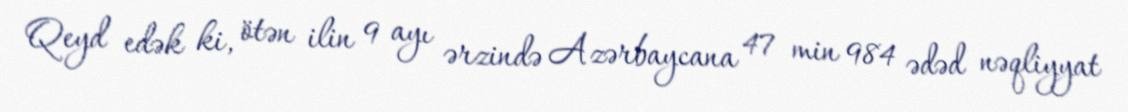
Qeyd edək ki, ötən ilin 9 ayı ərzində Azərbaycana 47 min 984 ədəd nəqliyyat